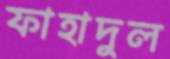
ফাহাদুল